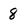
Character: 8